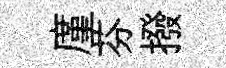
廑芬撥